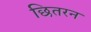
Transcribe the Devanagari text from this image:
छितरन